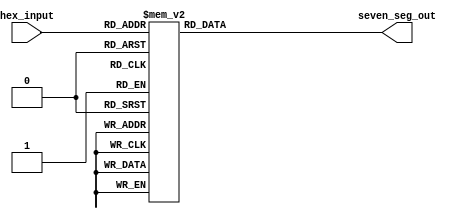
module hexTo7Seg(
    input  [3:0]hex_input,
    output reg [6:0]seven_seg_out
    );

	always @*
		case (hex_input)
			4'b0000 :      	//Hexadecimal 0
			seven_seg_out = 7'b0111111;
			4'b0001 :    	//Hexadecimal 1
			seven_seg_out = 7'b0000110  ;
			4'b0010 :  		// Hexadecimal 2
			seven_seg_out = 7'b1011011 ; 
			4'b0011 : 		// Hexadecimal 3
			seven_seg_out = 7'b1001111 ;
			4'b0100 :		// Hexadecimal 4
			seven_seg_out = 7'b1100110 ;
			4'b0101 :		// Hexadecimal 5
			seven_seg_out = 7'b1101101 ;  
			4'b0110 :		// Hexadecimal 6
			seven_seg_out = 7'b1111101 ;
			4'b0111 :		// Hexadecimal 7
			seven_seg_out = 7'b0000111;
			4'b1000 :     		 //Hexadecimal 8
			seven_seg_out = 7'b1111111;
			4'b1001 :    		//Hexadecimal 9
			seven_seg_out = 7'b1101111 ;
			4'b1010 :  		// Hexadecimal A
			seven_seg_out = 7'b1110111 ; 
			4'b1011 : 		// Hexadecimal B
			seven_seg_out = 7'b1111100;
			4'b1100 :		// Hexadecimal C
			seven_seg_out = 7'b0111001 ;
			4'b1101 :		// Hexadecimal D
			seven_seg_out = 7'b1011110 ;
			4'b1110 :		// Hexadecimal E
			seven_seg_out = 7'b1111001 ;
			4'b1111 :		// Hexadecimal F
			seven_seg_out = 7'b1110001 ;
		endcase
 
endmodule